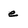
Character: e